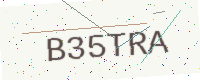
Text: B35TRA